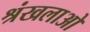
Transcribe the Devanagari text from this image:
श्रंखलाओ